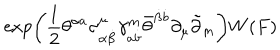
\exp \left( \frac 1 2 \theta ^ { \alpha a } \sigma _ { \alpha \dot { \beta } } ^ { \mu } \gamma _ { a \dot { b } } ^ { m } \bar { \theta } ^ { \dot { \beta } \dot { b } } \partial _ { \mu } \tilde { \partial } _ { m } \right) W ( F )